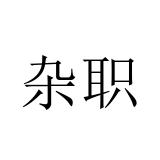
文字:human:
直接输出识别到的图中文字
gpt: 杂职